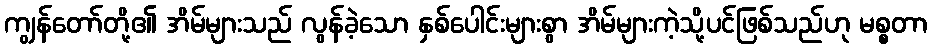
ကျွန်တော်တို့၏ အိမ်များသည် လွန်ခဲ့သော နှစ်ပေါင်းများစွာ အိမ်များကဲ့သို့ပင်ဖြစ်သည်ဟု မစ္စတာ